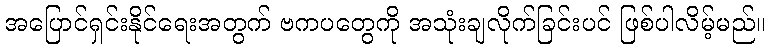
အပြောင်ရှင်းနိုင်ရေးအတွက် ဗကပတွေကို အသုံးချလိုက်ခြင်းပင် ဖြစ်ပါလိမ့်မည်။